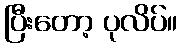
ပြီးတော့ ပုလိပ်။